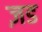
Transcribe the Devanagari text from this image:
ज़ड